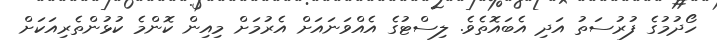
ހޯދުމުގެ ފުރުސަތު އަދި އެބައޮތެވެ. ލިސްޓުގެ އެއްވަނައަށް އެރުމަށް މިއިން ކޮންމެ ކުޅުންތެރިއަކަށް